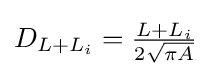
{\textstyle D_{L+L_{i}}={\frac {L+L_{i}}{2{\sqrt {\pi A}}}}}